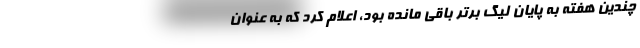
چندین هفته به پایان لیگ برتر باقی مانده بود، اعلام کرد که به عنوان